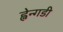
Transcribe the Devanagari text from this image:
ह्वेन्गडी